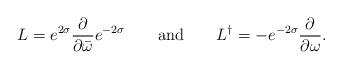
LaTeX: \begin{align*} L = e^{2\sigma} \frac{\partial}{\partial \bar\omega} e^{-2\sigma} \qquad \mbox{and} \qquad L^{\dag} = - e^{-2\sigma} \frac{\partial}{\partial \omega}.\end{align*}